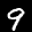
Label: 9